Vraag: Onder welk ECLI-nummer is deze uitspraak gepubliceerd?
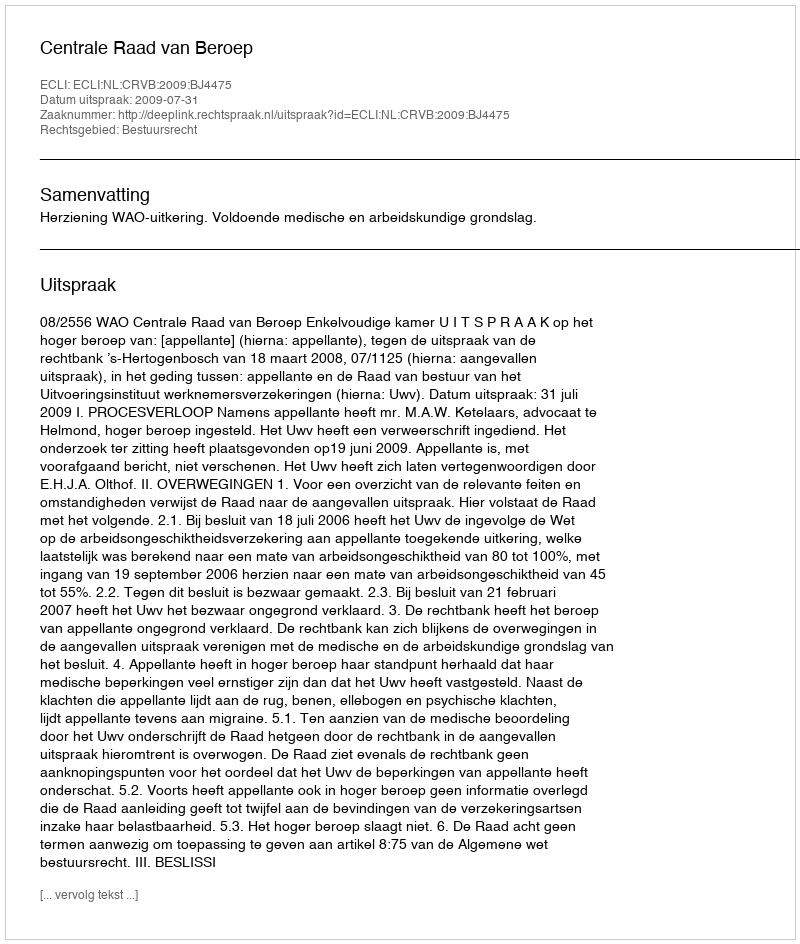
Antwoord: ECLI:NL:CRVB:2009:BJ4475